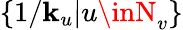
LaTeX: \{ 1/\mathbf{k}_{u}|u\inN_{v}\}